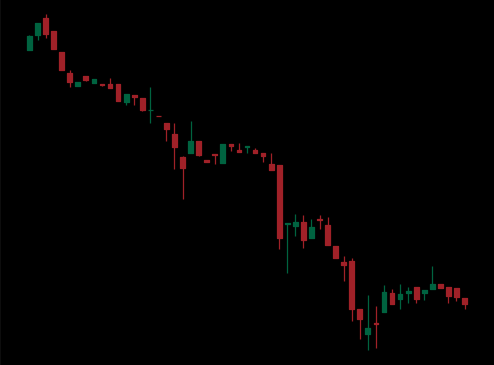
Pattern: bull_flag